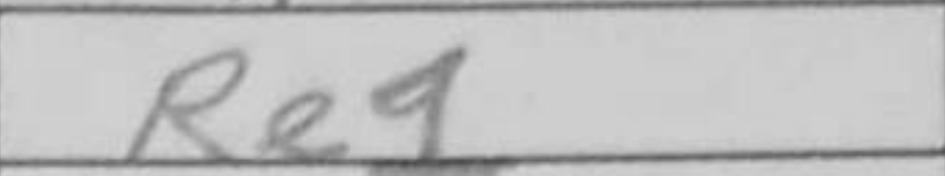
Transcription: Re1